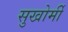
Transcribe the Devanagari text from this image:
सुखोर्मी